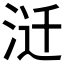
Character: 𰛱